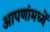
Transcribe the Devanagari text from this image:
आपणांमध्यें